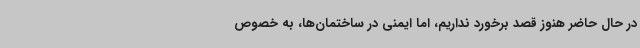
در حال حاضر هنوز قصد برخورد نداریم، اما ایمنی در ساختمان‌ها،‌ به خصوص